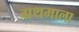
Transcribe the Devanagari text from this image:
ग्रथमाला